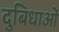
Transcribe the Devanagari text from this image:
दुबिधाओं